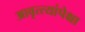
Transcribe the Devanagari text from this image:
आवृत्त्यांपेक्षा